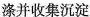
涤并收集沉淀